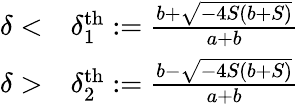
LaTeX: \begin{array}{rl}{\delta<}&{{}\delta_{1}^{\textrm{th}}:=\frac{b+\sqrt{-4S(b+S)}}{a+b}}\\ {\delta>}&{{}\delta_{2}^{\textrm{th}}:=\frac{b-\sqrt{-4S(b+S)}}{a+b}}\end{array}